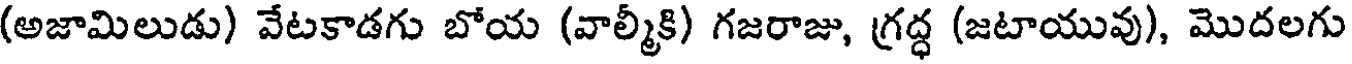
(అజామిలుడు) వేటకాడగు బోయ (వాల్మీకి) గజరాజు, గ్రద్ధ (జటాయువు), మొదలగు